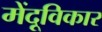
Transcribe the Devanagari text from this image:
मेंदूविकार